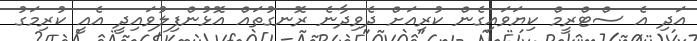
އަދި އެ ސްޓްރީމް ކިޔަވައިގެން ކުރިއަށް ދެވިދާނެ ރޮނގުތައް އޮޅުންފިލުވައިދީ އެއީ ކުރިމަގު